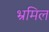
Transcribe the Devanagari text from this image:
भ्रमिल